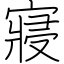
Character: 寢